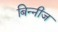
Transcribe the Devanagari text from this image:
बिन्नीज